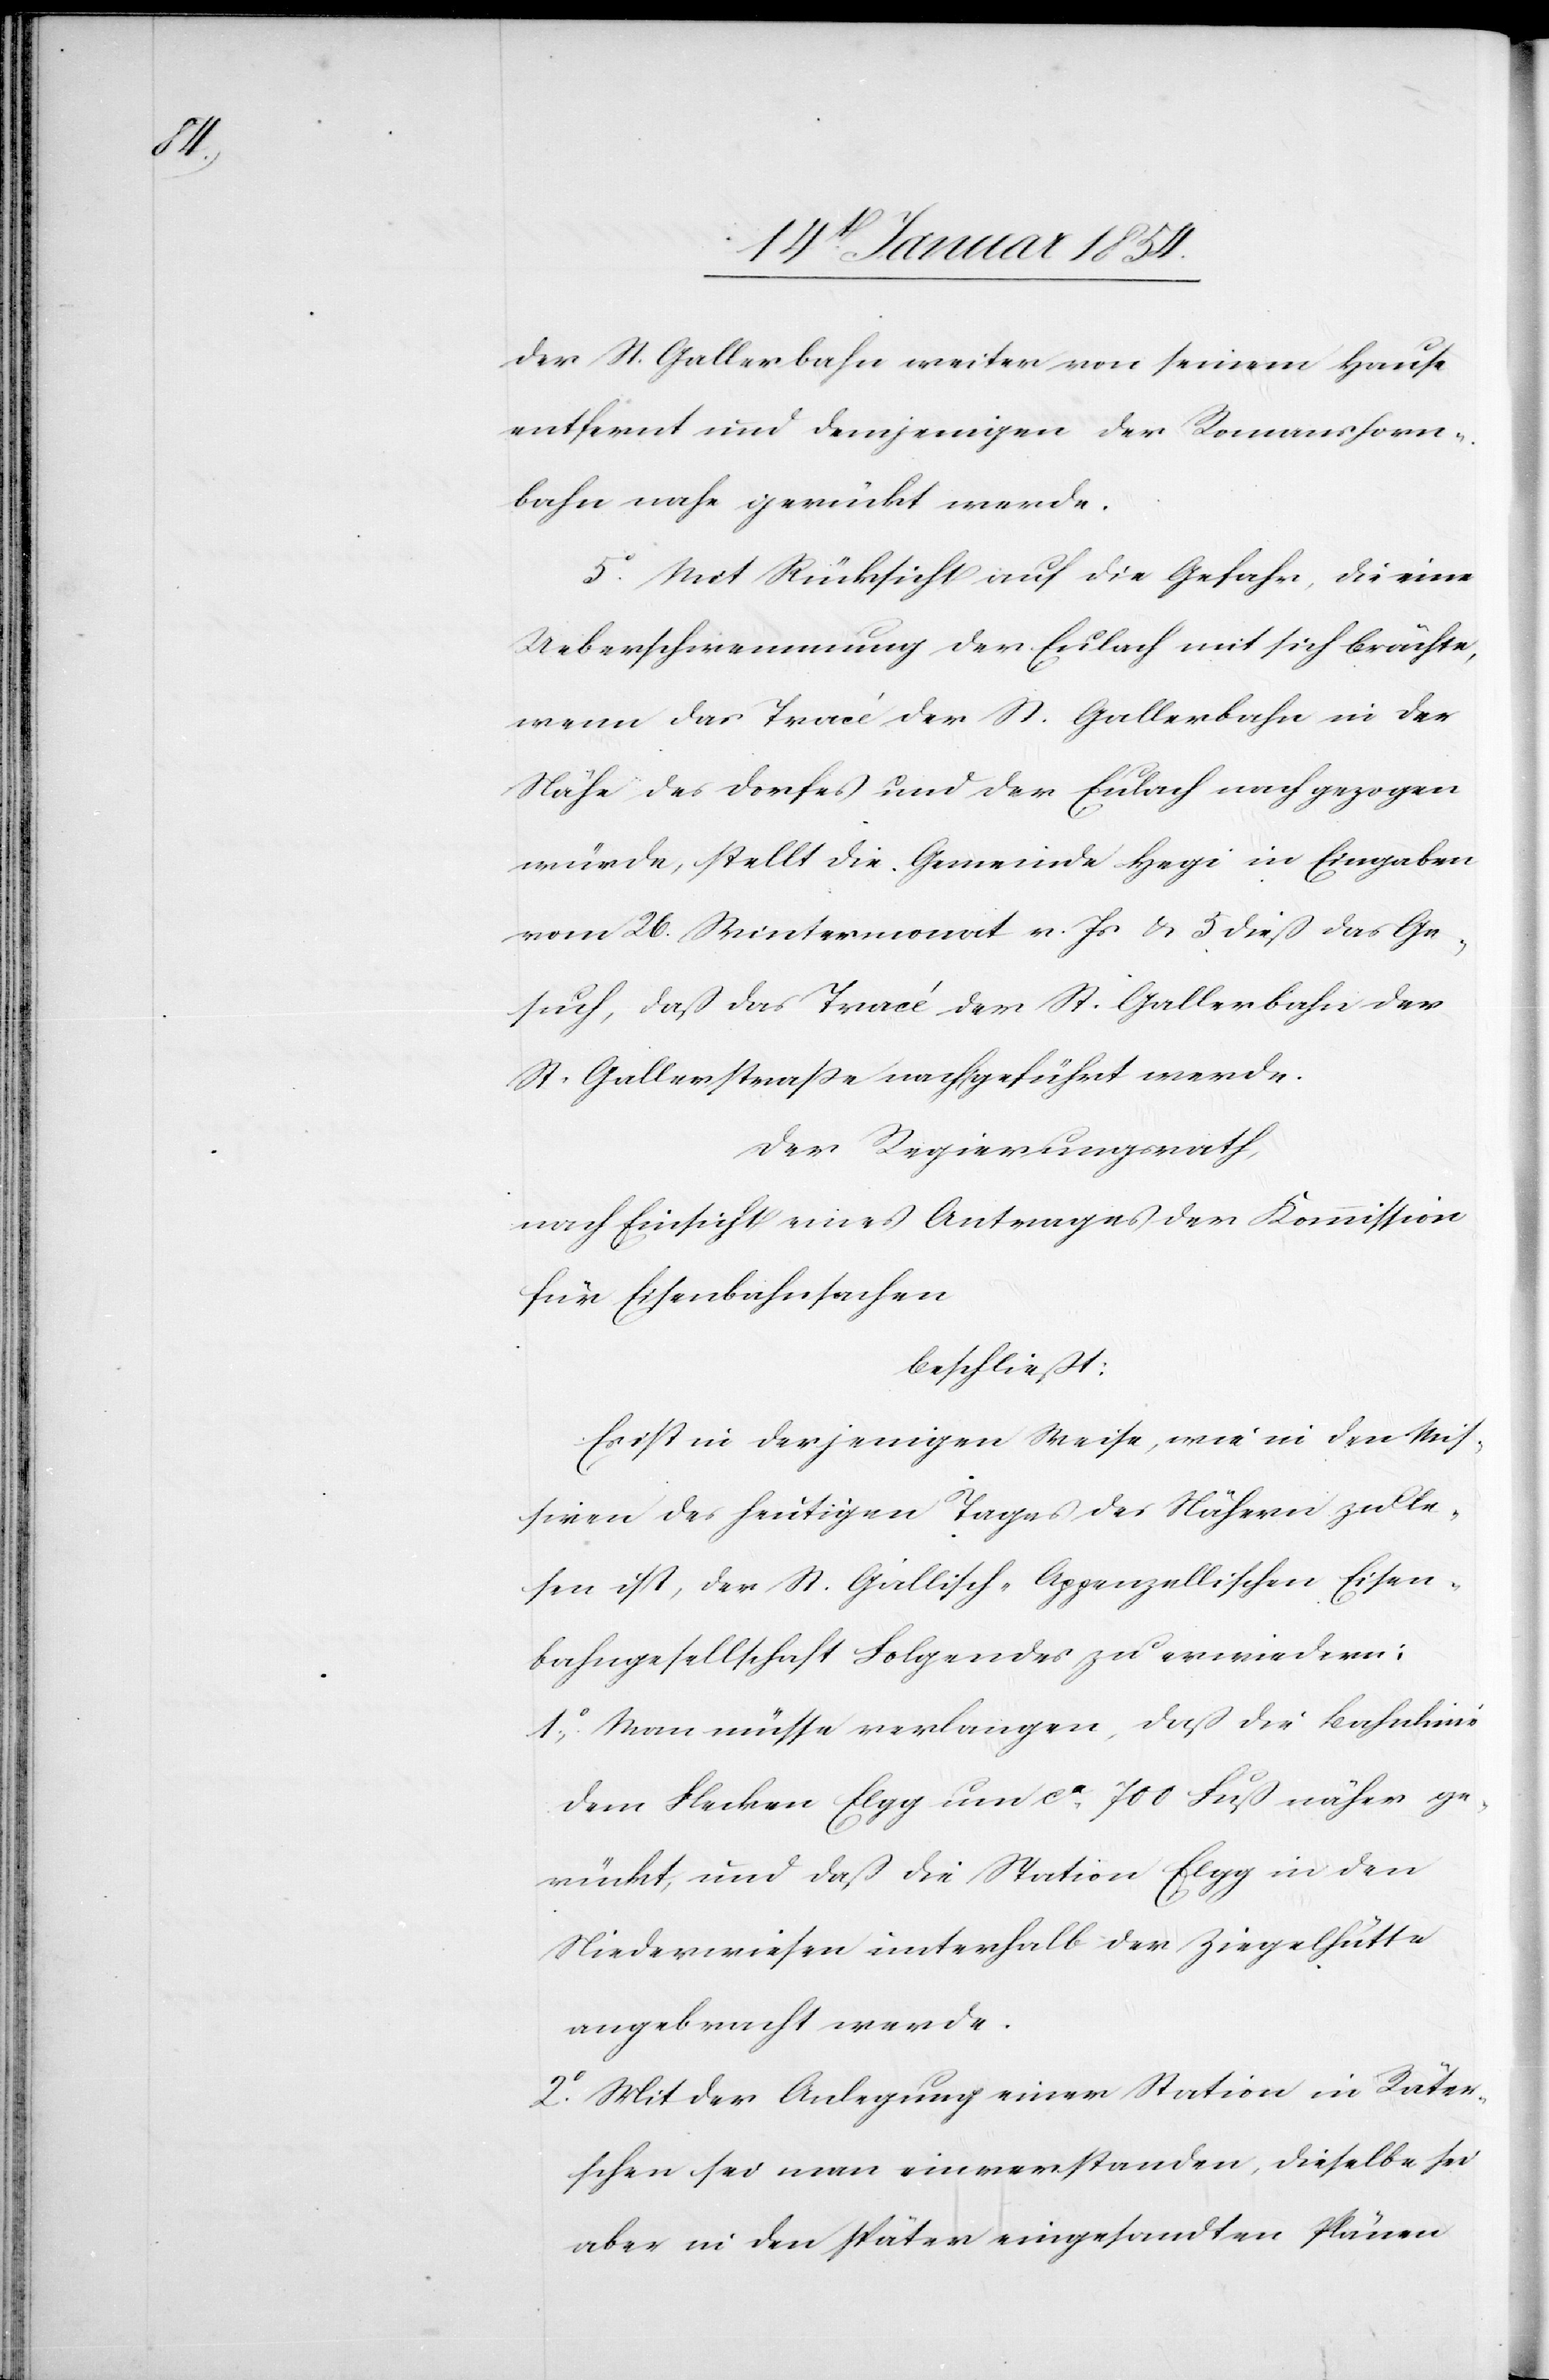
der St. Gallerbahn weiter von seinem Hause
entfernt und demjenigen der Romanshorn¬
bahn nahe gerückt werde.
5o Mit Rücksicht auf die Gefahr, die eine
Ueberschwemmung der Eulach mit sich brächte,
wenn das Tracé der St. Gallerbahn in der
Nähe des Dorfes und der Eulach nachgezogen
würde, stellt die Gemeinde Hegi in Eingaben
vom 26. Wintermonat v.Js & 5 dieß das Ge¬
such, daß das Tracé der St. Gallerbahn der
St. Gallerstraße nachgeführt werde.
Der Regierungsrath,
nach Einsicht eines Antrages der Kommission
für Eisenbahnsachen
beschließt:
Es ist in derjenigen Weise, wie in den Mis¬
siven des heutigen Tages des Nähern zu le¬
sen ist, der St. Gallisch-Appenzellischen Eisen¬
bahngesellschaft Folgendes zu erwiedern:
1o Man müsse verlangen, daß die Bahnlinie
dem Flecken Elgg um ca 700 Fuß näher ge¬
rückt, und daß die Station Elgg in den
Niederwiesen unterhalb der Ziegelhütte
angebracht werde.
2o Mit der Anlegung einer Station in Räter¬
schen sei man einverstanden, dieselbe sei
aber in den später eingesandten Plänen